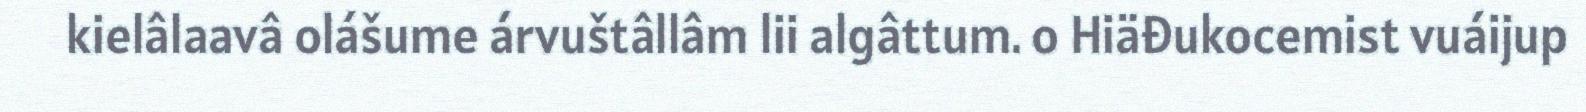
kielâlaavâ olášume árvuštâllâm lii algâttum. o Hiäđukocemist vuáijup